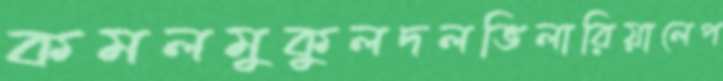
কমলমুকুলদলভিলারিয়ালেপ